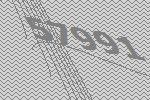
57991